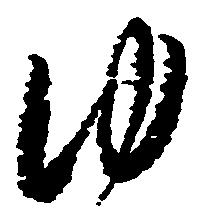
ゆ